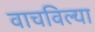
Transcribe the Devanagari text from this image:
वाचविल्या